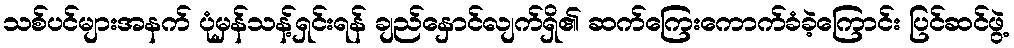
သစ်ပင်များအနက် ပုံမှန်သန့်ရှင်းရန် ချည်နှောင်လျက်ရှိ၏ ဆက်ကြေးကောက်ခံခဲ့ကြောင်း ပြင်ဆင်ဖွဲ့